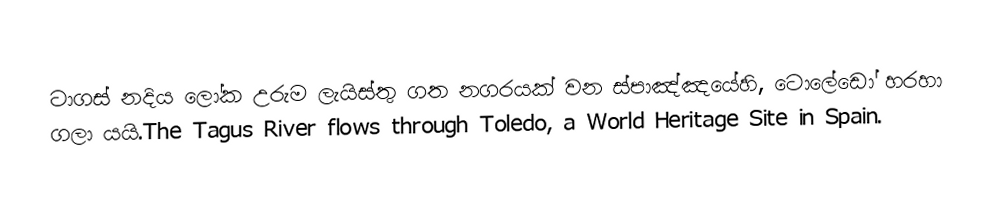
ටාගස් නදිය ලෝක උරුම ලැයිස්තු ගත නගරයක් වන ස්පාඤ්ඤයේහි, ටොලේඩෝ  හරහා ගලා යයි.The Tagus River flows through Toledo, a World Heritage Site in Spain.